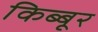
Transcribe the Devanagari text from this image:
किब्बूर